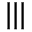
| | | \bigstar \bigstar \bigstar